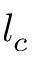
l _ { c }